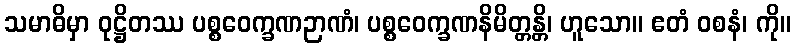
သမာဓိမှာ ဝုဋ္ဌိတဿ ပစ္စဝေက္ခဏဉာဏံ၊ ပစ္စဝေက္ခဏနိမိတ္တန္တိ၊ ဟူသော။ ဧတံ ဝစနံ၊ ကို။